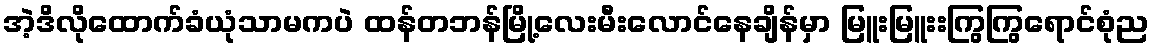
အဲ့ဒိလိုထောက်ခံယုံသာမကပဲ ထန်တဘန်မြို့လေးမီးလောင်နေချိန်မှာ မြူးမြူးးကြွကြွရောင်စုံည